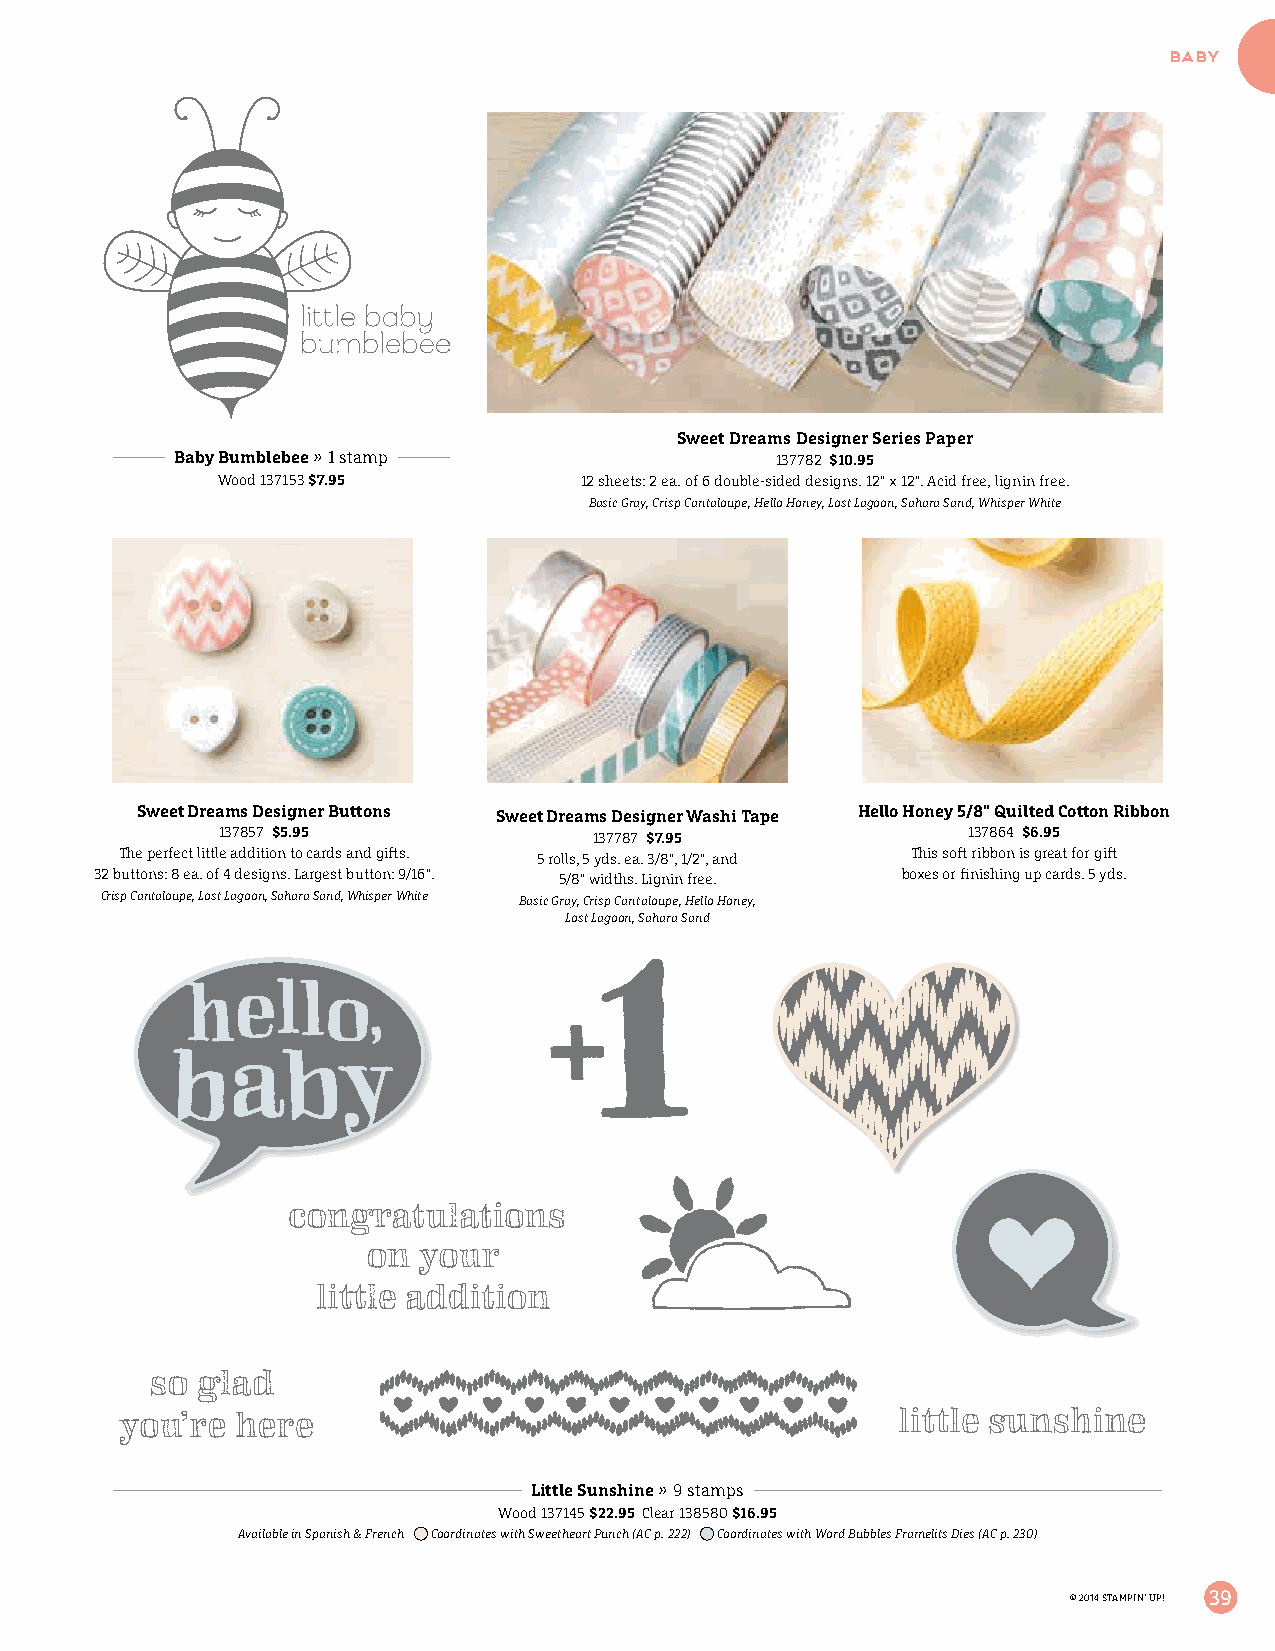
baby
 Sweet Dreams Designer Series Paper
 Baby Bumblebee » 1 stamp               137782 $10.95
 Wood 137153 $7.95       12 sheets: 2 ea. of 6 double-sided designs. 12" x 12". Acid free, lignin free.
 Basic Gray, Crisp Cantaloupe, Hello Honey, Lost Lagoon, Sahara Sand, Whisper White
 Sweet Dreams Designer Buttons Sweet Dreams Designer Washi Tape Hello Honey 5/8" Quilted Cotton Ribbon
 137857 $5.95            137787 $7.95             137864 $6.95
 The perfect little addition to cards and gifts. 5 rolls, 5 yds. ea. 3/8", 1/2", and This soft ribbon is great for gift
 32 buttons: 8 ea. of 4 designs. Largest button: 9/16". 5/8" widths. Lignin free. boxes or finishing up cards. 5 yds.
 Crisp Cantaloupe, Lost Lagoon, Sahara Sand, Whisper White Basic Gray, Crisp Cantaloupe, Hello Honey,
 Lost Lagoon, Sahara Sand
 Little Sunshine » 9 stamps
 Wood 137145 $22.95 Clear 138580 $16.95
 Available in Spanish & French Coordinates with Sweetheart Punch (AC p. 222) Coordinates with Word Bubbles Framelits Dies (AC p. 230)
 © 2014 STAMPIN’ UP! 39